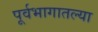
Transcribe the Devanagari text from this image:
पूर्वभागातल्या